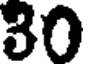
30